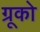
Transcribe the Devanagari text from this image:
ग्रूको